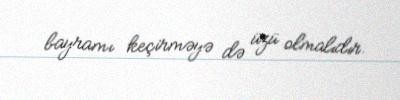
bayramı keçirməyə də üzü olmalıdır.